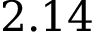
2 . 1 4